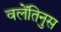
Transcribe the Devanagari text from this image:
वलेंतिनुस